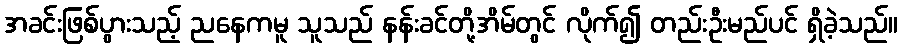
အခင်းဖြစ်ပွားသည့် ညနေကမူ သူသည် နန်းခင်တို့အိမ်တွင် လိုက်၍ တည်းဦးမည်ပင် ရှိခဲ့သည်။